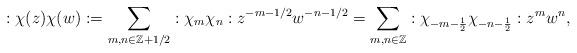
LaTeX: \begin{align*}:\chi(z)\chi(w): =\sum _{m, n\in \mathbb{Z}+1/2} :\chi_m \chi_n: z^{-m-1/2}w^{-n-1/2}= \sum _{m,n\in \mathbb{Z}} :\chi_{-m-\frac{1}{2}} \chi_{-n-\frac{1}{2}}:z^{m}w^{n},\end{align*}